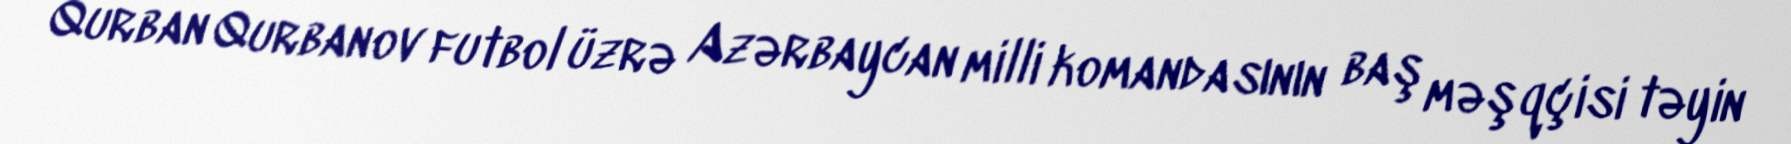
Qurban Qurbanov futbol üzrə Azərbaycan milli komandasının baş məşqçisi təyin